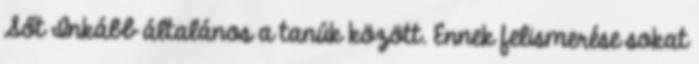
Sőt Inkább általános a tanúk között. Ennek felismerése sokat